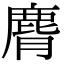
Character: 𪊒